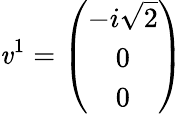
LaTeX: \mathit{v}^{1}=\left(\begin{array}{c}{{-i\sqrt{2}}}\\ {{0}}\\ {{0}}\end{array}\right)